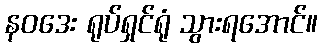
နဝဒေး ရုပ်ရှင်ရုံ သွားရအောင်။